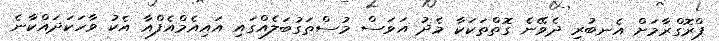
ޕްރޮގްރާމަށް އެނބުރި ދެވޭނެ ގޮތްތަކަކާ މެދު އަވަސް މުސްތަގުބަލެއްގައި އައިއެމްއެފްއާ އެކު ވާހަކަދައްކާނެ